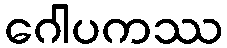
ဂေါပကဿ